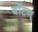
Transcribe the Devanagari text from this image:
बॉटन